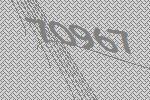
70967